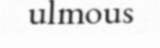
ulmous